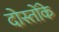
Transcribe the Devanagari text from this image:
दोस्तोंके